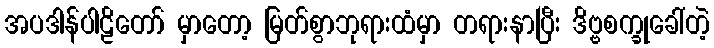
အပဒါန်ပါဠိတော် မှာတော့ မြတ်စွာဘုရားထံမှာ တရားနာပြီး ဒိဗ္ဗစက္ခုခေါ်တဲ့